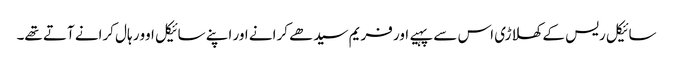
سائیکل ریس کے کھلاڑی اس سے پہیے اور فریم سیدھے کرانے اور اپنے سائیکل اوور ہال کرانے آتے تھے۔